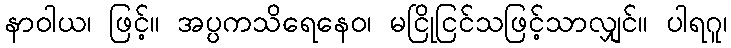
နာဝါယ၊ ဖြင့်။ အပ္ပကသိရေနေဝ၊ မငြိုငြင်သဖြင့်သာလျှင်။ ပါရဂူ၊